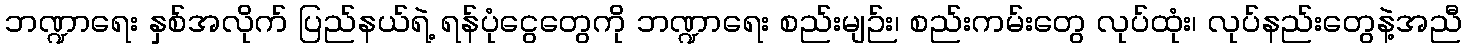
ဘဏ္ဍာရေး နှစ်အလိုက် ပြည်နယ်ရဲ့ ရန်ပုံငွေတွေကို ဘဏ္ဍာရေး စည်းမျဉ်း၊ စည်းကမ်းတွေ လုပ်ထုံး၊ လုပ်နည်းတွေနဲ့အညီ